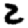
Digit: 2